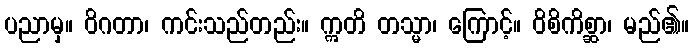
ပညာမှ။ ဝိဂတာ၊ ကင်းသည်တည်း။ ဣတိ တသ္မာ၊ ကြောင့်။ ဝိစိကိစ္ဆာ၊ မည်၏။